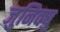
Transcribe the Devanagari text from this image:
जुनिक्यु